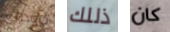
ترودي ذللك كان